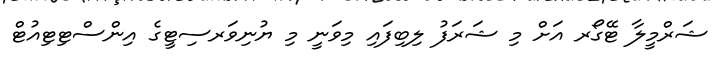
ޝަރްމީލާ ޓޭގޯރ އަށް މި ޝަރަފު ލިބިފައި މިވަނީ މި ޔުނިވަރސިޓީގެ އިންސްޓިޓިއުޓް